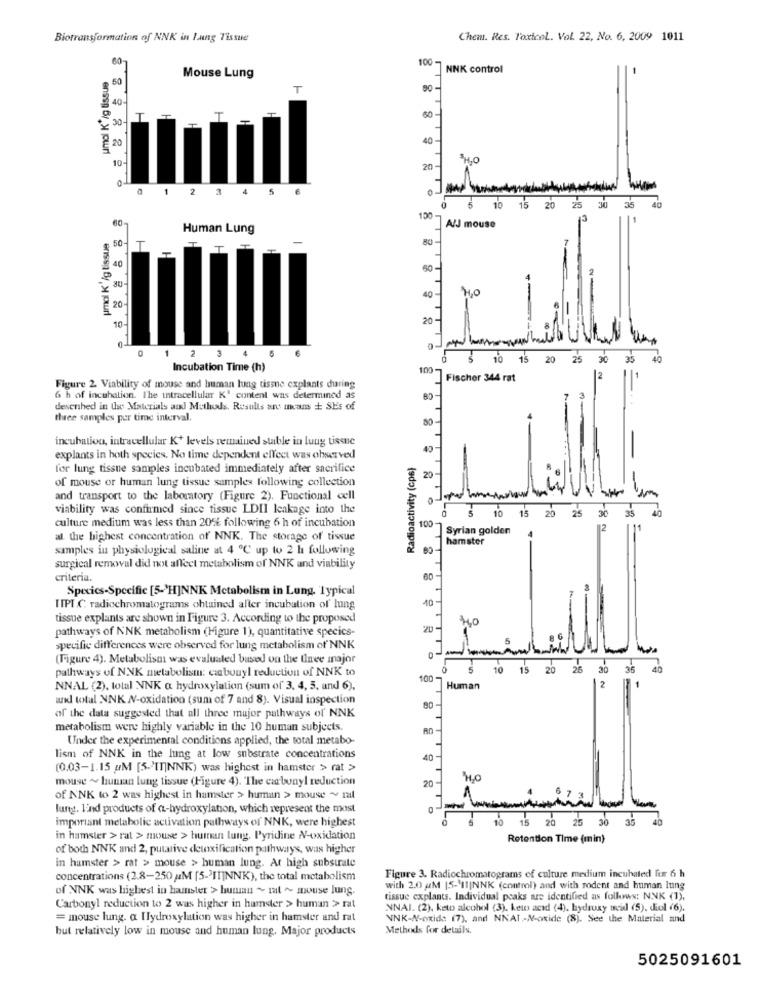
Biotransformation of NNK in lung Tissue
Chem. Res. Toxicol. Vol. 22, No. 6, 2009 1011
60-
100
NNK control
umol K /g tissue
50
Mouse Lung
T
30
T
T
-
20
10-
20-
0
-
2
3
4
5
5
10 15 20 25 30 35
40
60-
150
Human Lung
A/J mouse
pmol K /g tissue
80
50
T
T
40
40 -
HO
10-
20 -
0
1 2 3
0 15 20 25 30
35
Incubation Time (h)
100
Fischer 344 rat
Figure 2. Viability of mouse and human lung tissue explants during
6 h of incubation. The intracellular K' content was determined as
80
desenhed in the Materials and Methods. Results ans means + SEs of
three samples per time interval.
80
incubation, intracellular K+ levels remained stable in lung tissue
Radioactivity (cps)
explants in hoth species. No time dependent effect was observed
for lung tissue samples incubated immediately after sacrifice
of mouse or human lung tissue samples following collection
20
-
and transport to the laboratory (Figure 2). Functional cell
01
viability was confirmed since tissue LDII leakage into the
5
35
40
0 15 20 25 30
culture medium was less than 2056 following 6 h of incubation
100
Syrian golden
2
al the highest concentration of NNK. The storage of tissue
hamster
samples in physiological saline at 4 ℃ up to 2 h following
surgical removal did not affect metabolism of NNK and viability
criteria.
Specics-Specific [5->HJNNK Metabolism in Lung, Typical
IIPT C radiochromatograms obtained aller incubation of lung
10
tissue explants are shown in Figure 3. According to the proposed
pathways of NNK metabolism (Figure 1), quantitative specics-
20
specific differences were observed for lung metabolism of NNK
(Figure 4). Metabolism was evaluated based on the Unee major
pathways of NNK metabolism: cabonyl reduction of NNK to
10
15
0 26 30
35
40
100
NNAL (2), total NNK a hydroxylation (sum of 3, 4, 5, and 6),
Human
2
and total NNK N-oxidation (sum of 7 and 8). Visual inspection
80
of the data suggested that all three major pathways of NNK
metabolism were highly variable in the 10 human subjects.
Under the experimental conditions applied, the total metabo-
lism of NNK in the lung at low substrate concentrations
40
(0.03-1.15 uM [5.)INNK) was highest in hamster > rat >>
mouse ~ human lung tissue (Figure 4). The cabunyl reduction
20
of NNK to 2 was highest in hamster > human > mouse ~ ral
lung. lind products of a-hydroxylation, which represent the most
important metabolic activation pathways of NNK, were highest
15 20 25 30 36
in hamster > rat > mouse > human lung. Pyridine NV-oxidation
Retention Time (min)
of both NNK and 2, putative detoxification pathways, was higher
in hamster > rat > mouse > human lung. At high substrate
concentrations (2.8-250 AM [5-3IT]NNK), the total metabolism
Figure 3. Radiochromatograms of culture medium incubated for 6 h
of NNK was highest in hamster > human ~ mat ~ mouse lung.
with 2.0 M 15-11|NNK (control) and with rodent and human lung
tissue explants. Individual peaks are identified as follows: NNK (1),
Carbonyl reduction to 2 was higher in hamster > human > rat
NNAI. (2), keto alcohol (3). keto acid (4), hydroxy acid (5). diol (6).
= mouse lung. a Hydroxylation was higher in hamster and rat
NNK-N-oxide (7), and NKAI-N-oxide (8). See the Material and
but relatively low in mouse and human lung. Major products
Methods for details.
5025091601